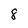
Character: 8